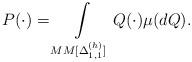
LaTeX: \begin{align*}P(\cdot)=\int\limits_{MM[\Delta_{1,1}^{(h)}]}Q(\cdot) \mu(dQ).\end{align*}